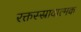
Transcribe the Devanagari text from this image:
रक्तस्स्रावात्मक